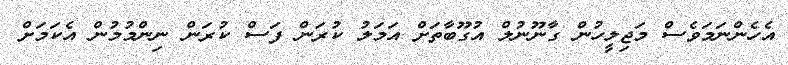
އެހެންނަމަވެސް މަޖިލީހުން ގާނޫނުލް އުގޫބާތަށް އަމަލު ކުރަން ފަސް ކުރަން ނިންމުމުން އެކަމަށް